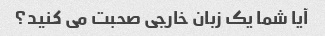
آیا شما یک زبان خارجی صحبت می کنید؟